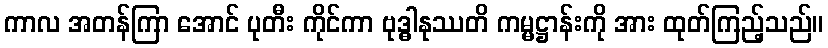
ကာလ အတန်ကြာ အောင် ပုတီး ကိုင်ကာ ဗုဒ္ဓါနုဿတိ ကမ္မဋ္ဌာန်းကို အား ထုတ်ကြည့်သည်။